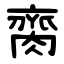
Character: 䐡